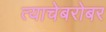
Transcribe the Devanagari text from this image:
त्याचेबरोबर